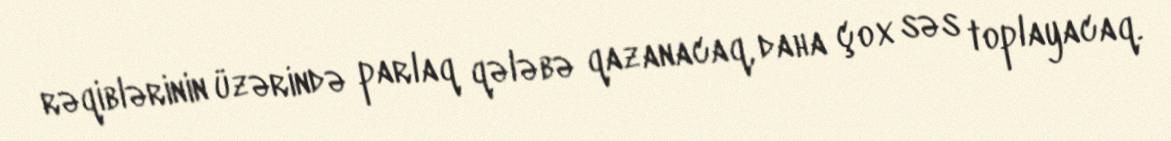
rəqiblərinin üzərində parlaq qələbə qazanacaq, daha çox səs toplayacaq.